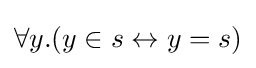
\forall y.(y\in s\leftrightarrow y=s)